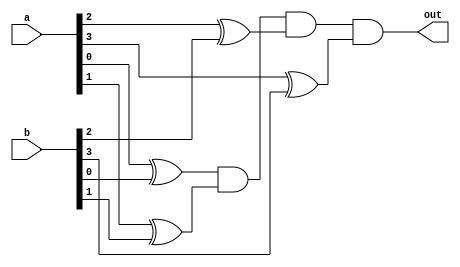
// 4-bit comparator suing structural modeling

module struct_comparator(a,b,out);
input [3:0] a,b;
output out;
wire [3:0] q;

  xor u1(q[0], a[0], b[0]);
  xor u2(q[1], a[1], b[1]);
  xor u3(q[2], a[2], b[2]);
  xor u4(q[3], a[3], b[3]);
  and u5(out, q[0], q[1], q[2], q[3]);
endmodule